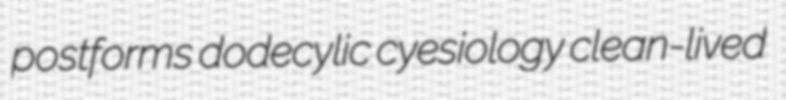
postforms dodecylic cyesiology clean-lived